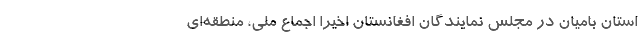
استان بامیان در مجلس نمایندگان افغانستان اخیرا اجماع ملی، منطقه‌ای